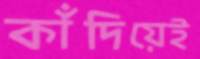
কাঁদিয়েই